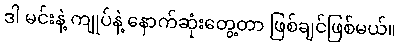
ဒါ မင်းနဲ့ ကျုပ်နဲ့ နောက်ဆုံးတွေ့တာ ဖြစ်ချင်ဖြစ်မယ်။